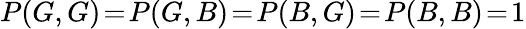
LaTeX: P(G,G)\! =\! P(G,B)\! =\! P(B,G)\! =\! P(B,B)\! =\! 1